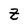
Character: Z